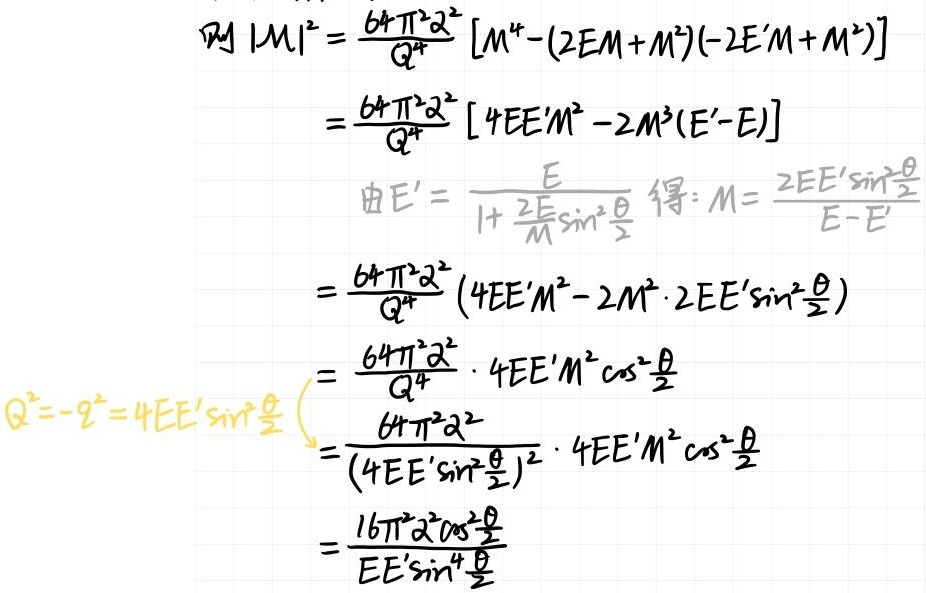
\[
\begin{align*}
\text{则}|\mathcal{M}|^{2}&=\frac{64\pi^{2}\alpha^{2}}{Q^{4}}\left[M^{4}-(2EM + M^{2})(-2E'M+M^{2})\right]\\
&=\frac{64\pi^{2}\alpha^{2}}{Q^{4}}\left[4EE'M^{2}-2M^{3}(E' - E)\right]\\
&\text{由}E'=\frac{E}{1+\frac{2E}{M}\sin^{2}\frac{\theta}{2}}\text{ 得: }M = \frac{2EE'\sin^{2}\frac{\theta}{2}}{E - E'}\\
&=\frac{64\pi^{2}\alpha^{2}}{Q^{4}}\left(4EE'M^{2}-2M^{2}\cdot2EE'\sin^{2}\frac{\theta}{2}\right)\\
&=\frac{64\pi^{2}\alpha^{2}}{Q^{4}}\cdot4EE'M^{2}\cos^{2}\frac{\theta}{2}\\
Q^{2}= - q^{2}=4EE'\sin^{2}\frac{\theta}{2}&=\frac{64\pi^{2}\alpha^{2}}{\left(4EE'\sin^{2}\frac{\theta}{2}\right)^{2}}\cdot4EE'M^{2}\cos^{2}\frac{\theta}{2}\\
&=\frac{16\pi^{2}\alpha^{2}\cos^{2}\frac{\theta}{2}}{EE'\sin^{4}\frac{\theta}{2}}
\end{align*}
\]